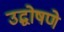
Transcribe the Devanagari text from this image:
उद्घोषणे